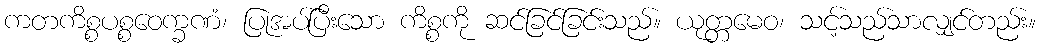
ကတကိစ္စပစ္စဝေက္ခဏံ၊ ပြုအပ်ပြီးသော ကိစ္စကို ဆင်ခြင်ခြင်းသည်။ ယုတ္တမေဝ၊ သင့်သည်သာလျှင်တည်း။